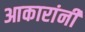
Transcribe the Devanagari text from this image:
आकारांनी